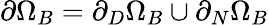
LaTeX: \partial\Omega_{B}=\partial_{D}\Omega_{B}\cup\partial_{N}\Omega_{B}